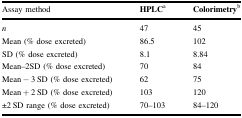
<table><thead><tr><td><b>Assay method</b></td><td><b>HPLC<sup>a</sup></b></td><td><b>Colorimetry<sup>b</sup></b></td></tr></thead><tbody><tr><td><i>n</i></td><td>47</td><td>45</td></tr><tr><td>Mean (% dose excreted)</td><td>86.5</td><td>102</td></tr><tr><td>SD (% dose excreted)</td><td>8.1</td><td>8.84</td></tr><tr><td>Mean–2SD (% dose excreted)</td><td>70</td><td>84</td></tr><tr><td>Mean − 3 SD (% dose excreted)</td><td>62</td><td>75</td></tr><tr><td>Mean + 2 SD (% dose excreted)</td><td>103</td><td>120</td></tr><tr><td>±2 SD range (% dose excreted)</td><td>70–103</td><td>84–120</td></tr></tbody></table>